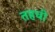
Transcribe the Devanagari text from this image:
तहची